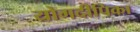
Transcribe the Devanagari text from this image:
योगदीपिका